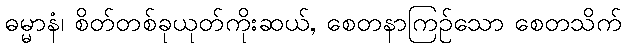
ဓမ္မာနံ၊ စိတ်တစ်ခုယုတ်ကိုးဆယ်, စေတနာကြဉ်သော စေတသိက်